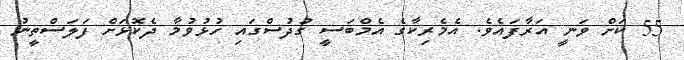
55 ކަށް ވަނީ އަރާފައެވެ. އެމެރިކާގެ އެމްބަސީ ގުދުސްގައި ހުޅުވުމާ ދެކޮޅަށް ފަލަސްތީނު